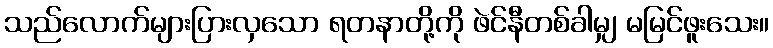
သည်လောက်များပြားလှသော ရတနာတို့ကို ဖဲင်နီတစ်ခါမျှ မမြင်ဖူးသေး။